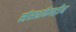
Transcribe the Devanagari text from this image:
संस्थाकेन्द्रीय